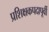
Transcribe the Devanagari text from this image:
प्रशिक्षकपदापूर्वी